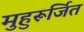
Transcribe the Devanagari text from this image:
मुहुरूर्जित